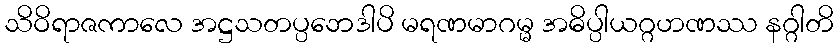
သိဝိရာဇကာလေ အဋ္ဌသတပ္ပဘေဒါပိ မရဏမာဂမ္မ အဓိပ္ပါယဂ္ဂဟဏဿ နဂ္ဂါတိ